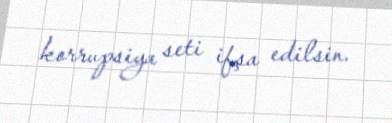
korrupsiya seti ifşa edilsin.